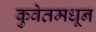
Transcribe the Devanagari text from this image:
कुवेतमधून